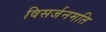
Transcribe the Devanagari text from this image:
विसर्जनमति